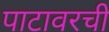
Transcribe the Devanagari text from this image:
पाटावरची